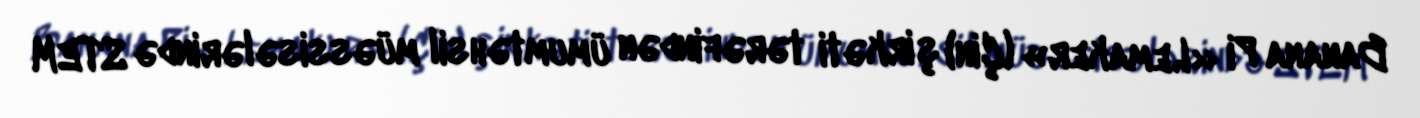
Banana Pi «Lemaker» (Çin) şirkəti tərəfindən ümumtəhsil müəssisələrində STEM